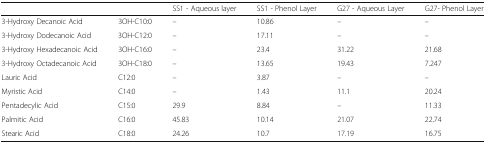
<table><thead><tr><td></td><td></td><td><b>SS1 - Aqueous layer</b></td><td><b>SS1 - Phenol Layer</b></td><td><b>G27 - Aqueous Layer</b></td><td><b>G27- Phenol Layer</b></td></tr></thead><tbody><tr><td>3-Hydroxy Decanoic Acid</td><td>3OH-C10:0</td><td>–</td><td>10.86</td><td>–</td><td>–</td></tr><tr><td>3-Hydroxy Dodecanoic Acid</td><td>3OH-C12:0</td><td>–</td><td>17.11</td><td>–</td><td>–</td></tr><tr><td>3-Hydroxy Hexadecanoic Acid</td><td>3OH-C16:0</td><td>–</td><td>23.4</td><td>31.22</td><td>21.68</td></tr><tr><td>3-Hydroxy Octadecanoic Acid</td><td>3OH-C18:0</td><td>–</td><td>13.65</td><td>19.43</td><td>7.247</td></tr><tr><td>Lauric Acid</td><td>C12:0</td><td>–</td><td>3.87</td><td>–</td><td>–</td></tr><tr><td>Myristic Acid</td><td>C14:0</td><td>–</td><td>1.43</td><td>11.1</td><td>20.24</td></tr><tr><td>Pentadecylic Acid</td><td>C15:0</td><td>29.9</td><td>8.84</td><td>–</td><td>11.33</td></tr><tr><td>Palmitic Acid</td><td>C16:0</td><td>45.83</td><td>10.14</td><td>21.07</td><td>22.74</td></tr><tr><td>Stearic Acid</td><td>C18:0</td><td>24.26</td><td>10.7</td><td>17.19</td><td>16.75</td></tr></tbody></table>